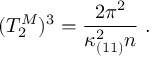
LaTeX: ( T _ { 2 } ^ { M } ) ^ { 3 } = { \frac { 2 \pi ^ { 2 } } { \kappa _ { ( 1 1 ) } ^ { 2 } n } } \ .